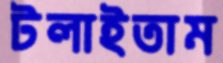
টলাইতাম